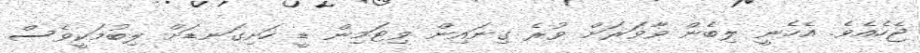
ޖެހެއެވެ. އެހެނީ ލިބެން ވާވަރަށް ވުރެ ގިނައިން ވިޓަމިން ޑީ ހަށިގަނޑަށް ލިބުމަކީވެސް